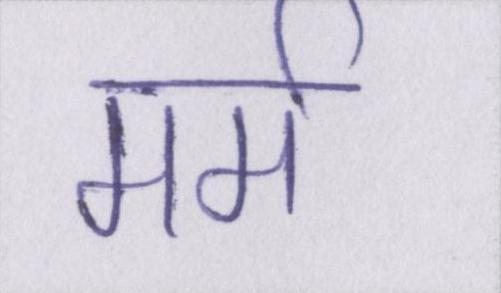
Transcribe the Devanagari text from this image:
मर्म